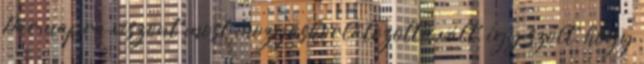
Pár napra viszont most mozgáskorlátozottá vált, így szólt, hogy